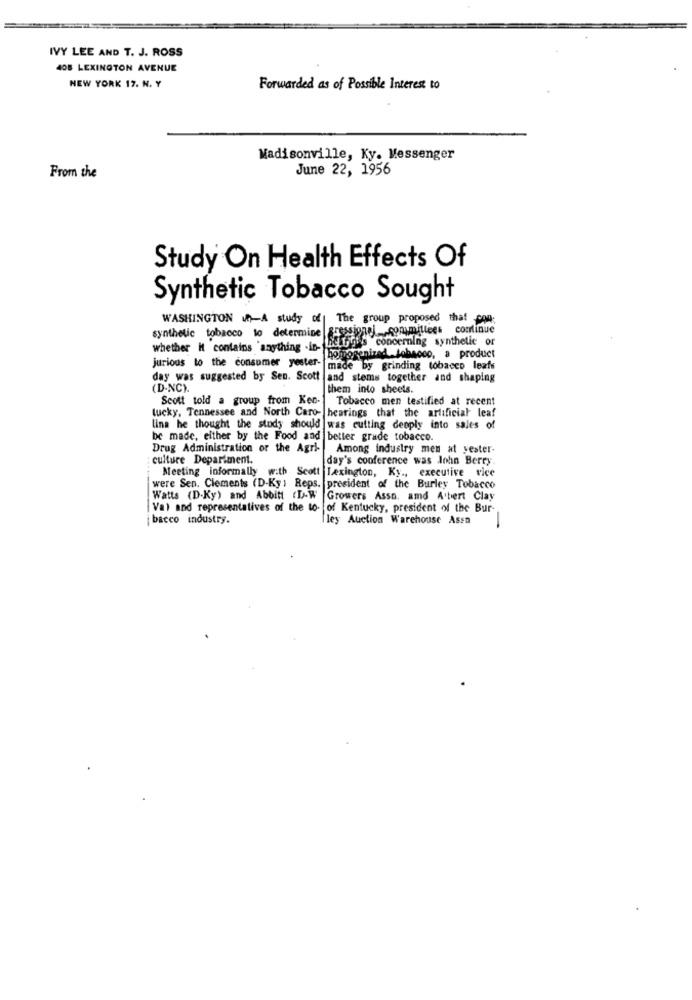
IVY LEE AND T. J. ROSS
408 LEXINGTON AVENUE
NEW YORK 17. N. Y
Forwarded as of Possible Interest to
Madisonville, Ky. Messenger
June 22, 1956
From the
Study On Health Effects Of
Synthetic Tobacco Sought
WASHINGTON -A study of The group proposed that coll;
synthetic tobacco to determine gressionej __ committees continue
berghs concerning synthetic or
whether it contains anything -in-
jurious to the consumer yester-
homogenized tobacco, a product
made by grinding tobacco leafs
day was suggested by Sen. Scott
and stems together and shaping
(D-NC).
them into sheets.
Scott told a group from Ken-
Tobacco men testified at recent
lucky, Tennessee and North Caro- hearings that the artificial leaf
lina he thought the study should
was cutting deoply into sales of
be made, either by the Food and better grade tobacco.
Drug Administration or the Agri-
Among industry men at yester-
culture Department.
day's conference was John Berry.
Meeting informally with Scott Lexington, Ky ., executive vice
were Sen. Clements (D-Ky: Reps.
president of the Burley Tobacco
Watts (D-Ky) and Abbitt (D-W
Growers Asso. amd A'bert Clay
Val and representatives of the to-
of Kentucky, president of the Bur-
¡bacco industry.
ley Auction Warehouse Assa
-